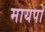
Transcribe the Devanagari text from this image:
मायपो